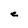
Character: e